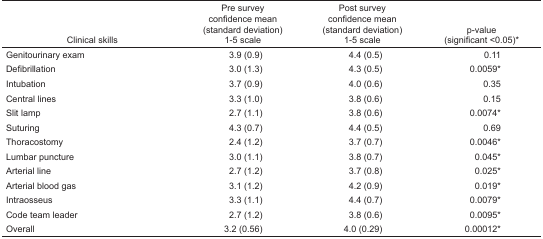
<table><thead><tr><td><b>Clinical skills</b></td><td><b>Pre survey confidence mean (standard deviation) 1–5 scale</b></td><td><b>Post survey confidence mean (standard deviation) 1–5 scale</b></td><td><b>p-value (significant &lt;0.05)*</b></td></tr></thead><tbody><tr><td>Genitourinary exam</td><td>3.9 (0.9)</td><td>4.4 (0.5)</td><td>0.11</td></tr><tr><td>Defibrillation</td><td>3.0 (1.3)</td><td>4.3 (0.5)</td><td>0.0059*</td></tr><tr><td>Intubation</td><td>3.7 (0.9)</td><td>4.0 (0.6)</td><td>0.35</td></tr><tr><td>Central lines</td><td>3.3 (1.0)</td><td>3.8 (0.6)</td><td>0.15</td></tr><tr><td>Slit lamp</td><td>2.7 (1.1)</td><td>3.8 (0.6)</td><td>0.0074*</td></tr><tr><td>Suturing</td><td>4.3 (0.7)</td><td>4.4 (0.5)</td><td>0.69</td></tr><tr><td>Thoracostomy</td><td>2.4 (1.2)</td><td>3.7 (0.7)</td><td>0.0046*</td></tr><tr><td>Lumbar puncture</td><td>3.0 (1.1)</td><td>3.8 (0.7)</td><td>0.045*</td></tr><tr><td>Arterial line</td><td>2.7 (1.2)</td><td>3.7 (0.8)</td><td>0.025*</td></tr><tr><td>Arterial blood gas</td><td>3.1 (1.2)</td><td>4.2 (0.9)</td><td>0.019*</td></tr><tr><td>Intraosseus</td><td>3.3 (1.1)</td><td>4.4 (0.7)</td><td>0.0079*</td></tr><tr><td>Code team leader</td><td>2.7 (1.2)</td><td>3.8 (0.6)</td><td>0.0095*</td></tr><tr><td>Overall</td><td>3.2 (0.56)</td><td>4.0 (0.29)</td><td>0.00012*</td></tr></tbody></table>